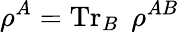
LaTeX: \rho^{A}=\operatorname{Tr}_{B}\; \rho^{AB}